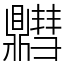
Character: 䵻